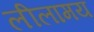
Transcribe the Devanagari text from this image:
लीलामय